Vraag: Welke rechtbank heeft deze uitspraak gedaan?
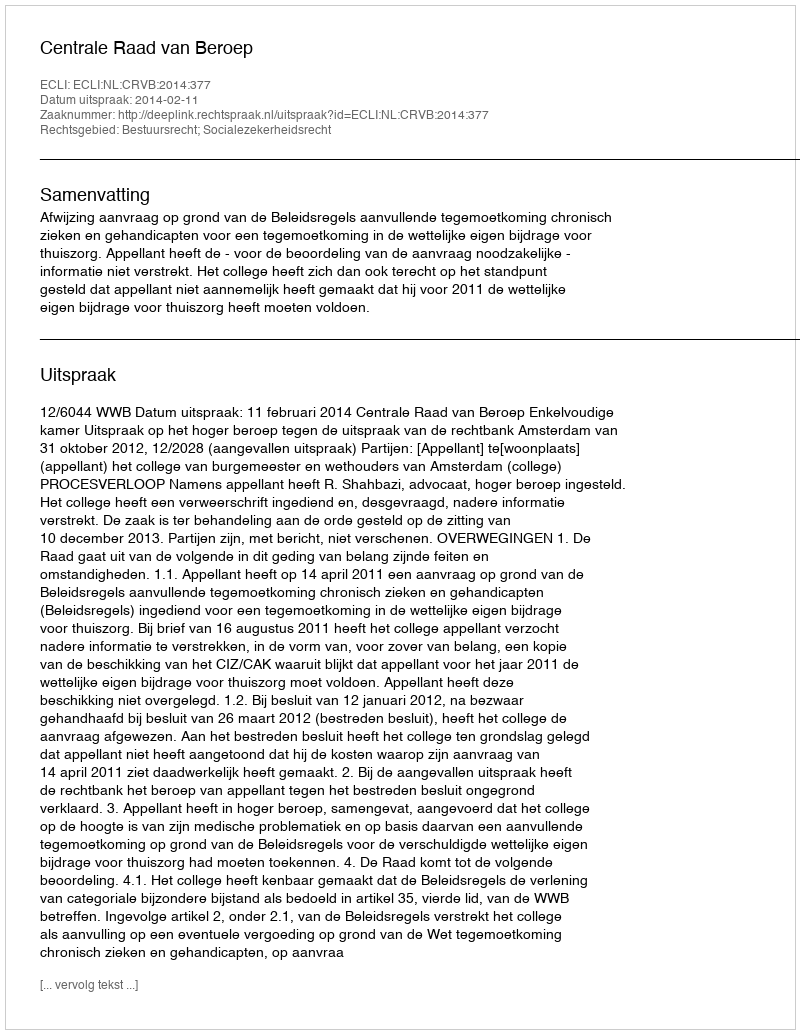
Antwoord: Centrale Raad van Beroep